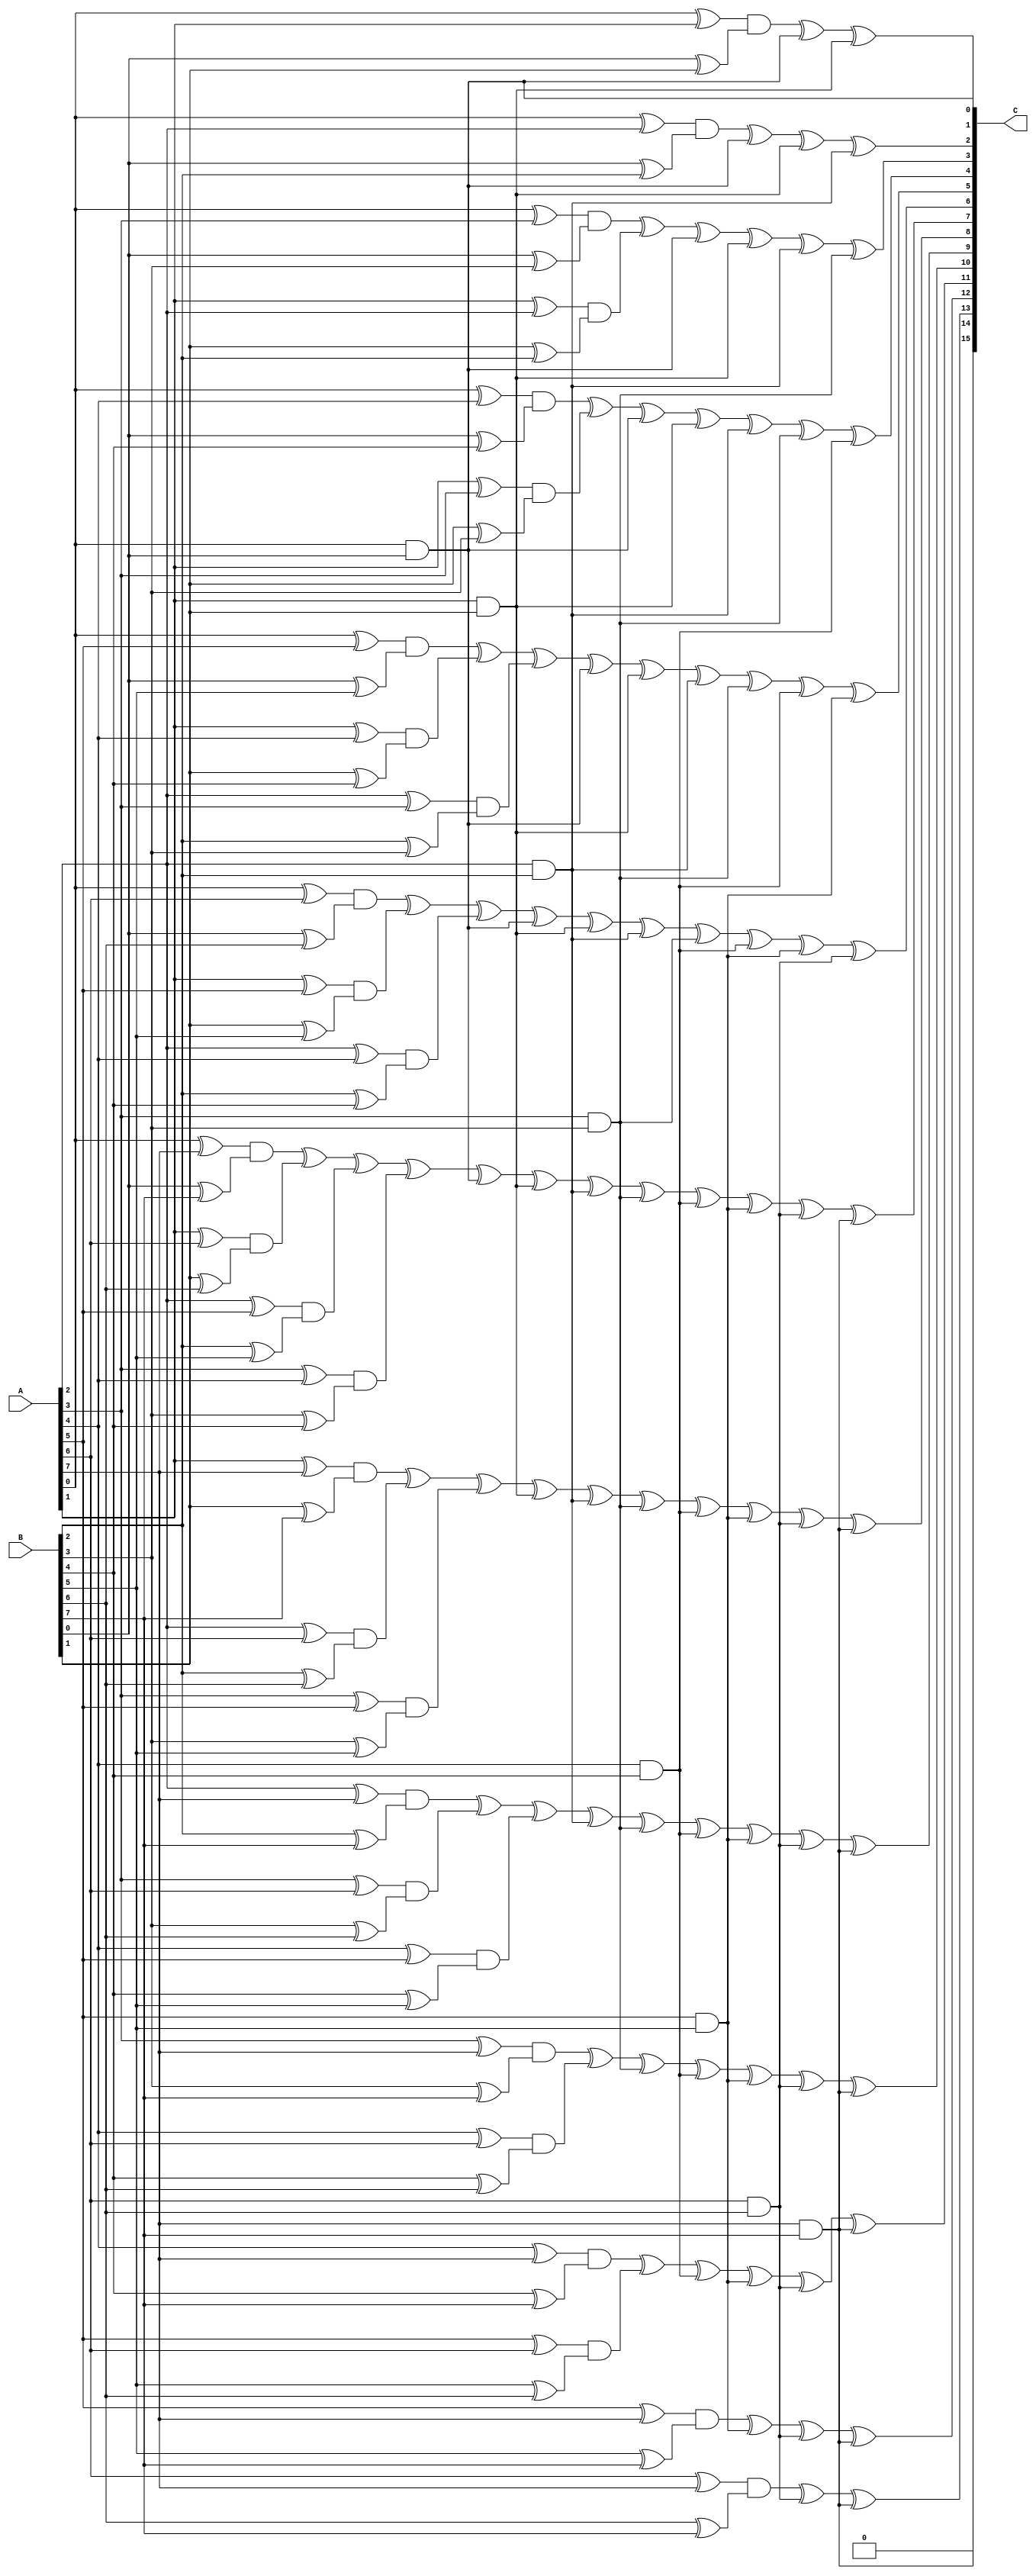
module Karatsuba_multipliers_ECC (A,B,C);

    input [7:0] A,B;
    output wire [15:0] C;

    wire [7:0] M [0:7];

    assign M[0][0] = A[0] & B[0];
    assign M[1][0] = A[1] & B[1];
    assign M[2][0] = A[2] & B[2];
    assign M[3][0] = A[3] & B[3];
    assign M[4][0] = A[4] & B[4];
    assign M[5][0] = A[5] & B[5];
    assign M[6][0] = A[6] & B[6];
    assign M[7][0] = A[7] & B[7];
    assign M[0][1] = (A[0] ^ A[1]) & (B[0] ^ B[1]);
    assign M[0][2] = (A[0] ^ A[2]) & (B[0] ^ B[2]);
    assign M[0][3] = (A[0] ^ A[3]) & (B[0] ^ B[3]);
    assign M[0][4] = (A[0] ^ A[4]) & (B[0] ^ B[4]);
    assign M[0][5] = (A[0] ^ A[5]) & (B[0] ^ B[5]);
    assign M[0][6] = (A[0] ^ A[6]) & (B[0] ^ B[6]);
    assign M[0][7] = (A[0] ^ A[7]) & (B[0] ^ B[7]);
    assign M[1][2] = (A[1] ^ A[2]) & (B[1] ^ B[2]);
    assign M[1][3] = (A[1] ^ A[3]) & (B[1] ^ B[3]);
    assign M[1][4] = (A[1] ^ A[4]) & (B[1] ^ B[4]);
    assign M[1][5] = (A[1] ^ A[5]) & (B[1] ^ B[5]);
    assign M[1][6] = (A[1] ^ A[6]) & (B[1] ^ B[6]);
    assign M[1][7] = (A[1] ^ A[7]) & (B[1] ^ B[7]);
    assign M[2][3] = (A[2] ^ A[3]) & (B[2] ^ B[3]);
    assign M[2][4] = (A[2] ^ A[4]) & (B[2] ^ B[4]);
    assign M[2][5] = (A[2] ^ A[5]) & (B[2] ^ B[5]);
    assign M[2][6] = (A[2] ^ A[6]) & (B[2] ^ B[6]);
    assign M[2][7] = (A[2] ^ A[7]) & (B[2] ^ B[7]);
    assign M[3][4] = (A[3] ^ A[4]) & (B[3] ^ B[4]);
    assign M[3][5] = (A[3] ^ A[5]) & (B[3] ^ B[5]);
    assign M[3][6] = (A[3] ^ A[6]) & (B[3] ^ B[6]);
    assign M[3][7] = (A[3] ^ A[7]) & (B[3] ^ B[7]);
    assign M[4][5] = (A[4] ^ A[5]) & (B[4] ^ B[5]);
    assign M[4][6] = (A[4] ^ A[6]) & (B[4] ^ B[6]);
    assign M[4][7] = (A[4] ^ A[7]) & (B[4] ^ B[7]);
    assign M[5][6] = (A[5] ^ A[6]) & (B[5] ^ B[6]);
    assign M[5][7] = (A[5] ^ A[7]) & (B[5] ^ B[7]);
    assign M[6][7] = (A[6] ^ A[7]) & (B[6] ^ B[7]);
    assign C[0] = M[0][0];
    assign C[1] = M[0][1] ^ M[0][0] ^ M[1][0];
    assign C[2] = M[0][2] ^ M[0][0] ^ M[1][0] ^ M[2][0];
    assign C[3] = M[0][3] ^ M[1][2] ^ M[0][0] ^ M[1][0] ^ M[2][0] ^ M[3][0];
    assign C[4] = M[0][4] ^ M[1][3] ^ M[0][0] ^ M[1][0] ^ M[2][0] ^ M[3][0] ^ M[4][0];
    assign C[5] = M[0][5] ^ M[1][4] ^ M[2][3] ^ M[0][0] ^ M[1][0] ^ M[2][0] ^ M[3][0] ^ M[4][0] ^ M[5][0];
    assign C[6] = M[0][6] ^ M[1][5] ^ M[2][4] ^ M[0][0] ^ M[1][0] ^ M[2][0] ^ M[3][0] ^ M[4][0] ^ M[5][0] ^ M[6][0];
    assign C[7] = M[0][7] ^ M[1][6] ^ M[2][5] ^ M[3][4] ^ M[0][0] ^ M[1][0] ^ M[2][0] ^ M[3][0] ^ M[4][0] ^ M[5][0] ^ M[6][0] ^ M[7][0];
    assign C[8] = M[1][7] ^ M[2][6] ^ M[3][5] ^ M[1][0] ^ M[2][0] ^ M[3][0] ^ M[4][0] ^ M[5][0] ^ M[6][0] ^ M[7][0];
    assign C[9] = M[2][7] ^ M[3][6] ^ M[4][5] ^ M[2][0] ^ M[3][0] ^ M[4][0] ^ M[5][0] ^ M[6][0] ^ M[7][0];
    assign C[10] = M[3][7] ^ M[4][6] ^ M[3][0] ^ M[4][0] ^ M[5][0] ^ M[6][0] ^ M[7][0];
    assign C[11] = M[4][7] ^ M[5][6] ^ M[4][0] ^ M[5][0] ^ M[6][0] ^ M[7][0];
    assign C[12] = M[5][7] ^ M[5][0] ^ M[6][0] ^ M[7][0];
    assign C[13] = M[6][7] ^ M[6][0] ^ M[7][0];
    assign C[14] = M[7][0];
    assign C[15] = 0;   
    
endmodule